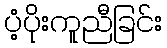
ပံ့ပိုးကူညီခြင်း